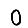
Digit: 0